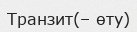
Транзит(– өту)